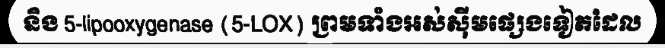
និង 5-lipooxygenase (5-LOX) ព្រមទាំងអស់ស៊ីមផ្សេងទៀតដែល